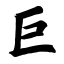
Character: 巨